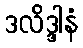
ဒလိဒ္ဒါနံ